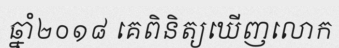
ឆ្នាំ២០១៨ គេពិនិត្យឃើញលោក